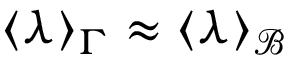
\langle \lambda \rangle _ { \Gamma } \approx \langle \lambda \rangle _ { \mathcal B }